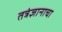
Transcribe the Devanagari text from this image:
तत्रंज्ञानाचा